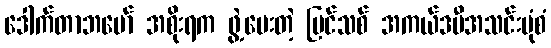
ဒေါက်တာဘမော် အစိုးရက ဖွဲ့ပေးတဲ့ ပြင်သစ် အကယ်ဒမီအသင်းပုံစံ